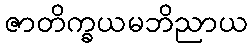
ဇာတိက္ခယမဘိညာယ